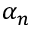
\alpha _ { n }